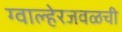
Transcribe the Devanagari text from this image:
ग्वाल्हेरजवळची